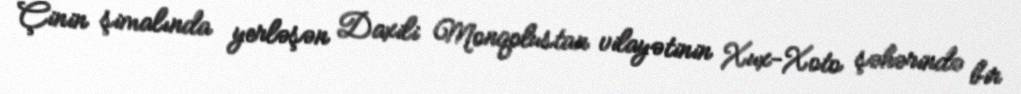
Çinin şimalında yerləşən Daxili Monqolustan vilayətinin Xux-Xoto şəhərində bir